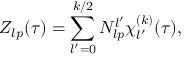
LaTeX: Z _ { l p } ( \tau ) = \sum _ { l ^ { \prime } = 0 } ^ { k / 2 } N _ { l p } ^ { l ^ { \prime } } \chi _ { l ^ { \prime } } ^ { ( k ) } ( \tau ) ,